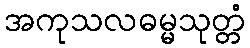
အကုသလဓမ္မသုတ္တံ